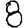
Digit: 8